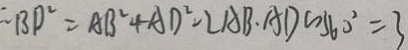
B D ^ { 2 } = A B ^ { 2 } + A D ^ { 2 } - 2 A B \cdot A D \sim 3 6 0 ^ { 2 } = 3